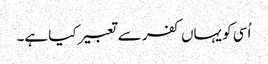
اُسی کو یہاں کفر سے تعبیر کیا ہے۔